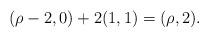
LaTeX: \begin{align*} (\rho-2,0) + 2(1,1)=(\rho,2). \end{align*}